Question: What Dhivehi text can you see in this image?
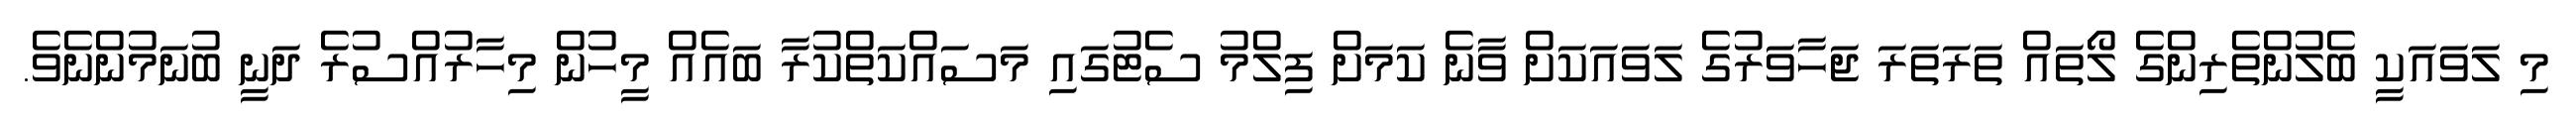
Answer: މި ލަވައަކީ ބެލުންތެރިންގެ ލޯތައް ތަރަތަރަ ޖަހާވަރުގެ ލަވައަކަށް ވާނެ ކަމަށް ފިލްމު ސެޓުގައި މަސައްކަތްކުރާ ބައެއް މީހުން މިހާރުއްސުރެ ދަނީ ބުނަމުންނެވެ.